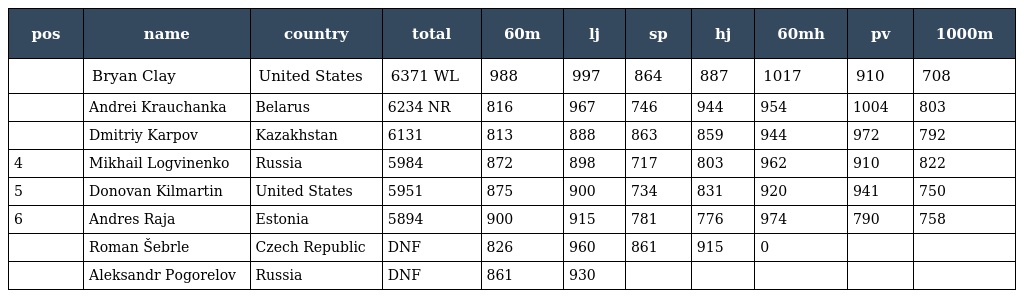
| pos | name | country | total | 60m | lj | sp | hj | 60mh | pv | 1000m |
 | --- | --- | --- | --- | --- | --- | --- | --- | --- | --- | --- |
 |  | Bryan Clay | United States | 6371 WL | 988 | 997 | 864 | 887 | 1017 | 910 | 708 |
 |  | Andrei Krauchanka | Belarus | 6234 NR | 816 | 967 | 746 | 944 | 954 | 1004 | 803 |
 |  | Dmitriy Karpov | Kazakhstan | 6131 | 813 | 888 | 863 | 859 | 944 | 972 | 792 |
 | 4 | Mikhail Logvinenko | Russia | 5984 | 872 | 898 | 717 | 803 | 962 | 910 | 822 |
 | 5 | Donovan Kilmartin | United States | 5951 | 875 | 900 | 734 | 831 | 920 | 941 | 750 |
 | 6 | Andres Raja | Estonia | 5894 | 900 | 915 | 781 | 776 | 974 | 790 | 758 |
 |  | Roman Šebrle | Czech Republic | DNF | 826 | 960 | 861 | 915 | 0 |  |  |
 |  | Aleksandr Pogorelov | Russia | DNF | 861 | 930 |  |  |  |  |  |